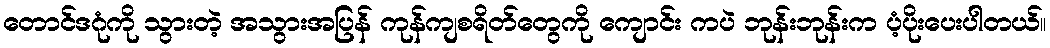
တောင်ဒဂုံကို သွားတဲ့ အသွားအပြန် ကုန်ကျစရိတ်တွေကို ကျောင်း ကပဲ ဘုန်းဘုန်းက ပံ့ပိုးပေးပါတယ်။